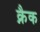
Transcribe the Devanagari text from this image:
क्नैक